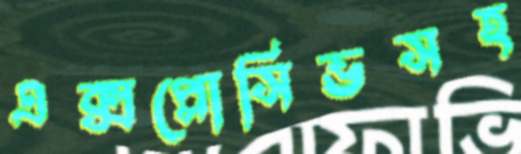
এক্সপ্লোসিভসহ